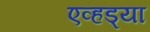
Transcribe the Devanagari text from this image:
एव्हड्या